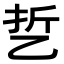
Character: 乴